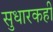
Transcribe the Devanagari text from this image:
सुधारकही